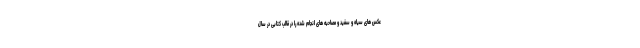
عکس های سیاه و سفید و مصاحبه های انجام شده را در قالب کتابی در سال